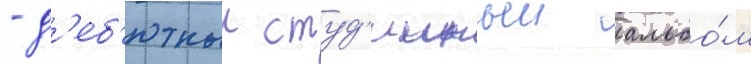
- д'еб'ютныи студ'ииныи альбо́м